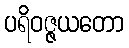
ပရိဝဇ္ဇယတော